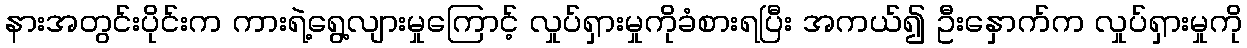
နားအတွင်းပိုင်းက ကားရဲ့ရွေ့လျားမှုကြောင့် လှုပ်ရှားမှုကိုခံစားရပြီး အကယ်၍ ဦးနှောက်က လှုပ်ရှားမှုကို